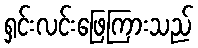
ရှင်းလင်းဖြေကြားသည်